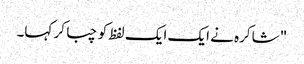
" شاکرہ نے ایک ایک لفظ کو چبا کر کہا۔